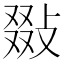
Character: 敠